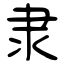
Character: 隶